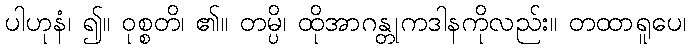
ပါဟုနံ၊ ၍။ ဝုစ္စတိ၊ ၏။ တမ္ပိ၊ ထိုအာဂန္တုကဒါနကိုလည်း။ တထာရူပေ၊